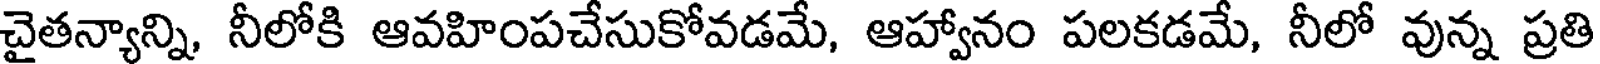
చైతన్యాన్ని, నీలోకి ఆవహింపచేసుకోవడమే, ఆహ్వానం పలకడమే, నీలో వున్న ప్రతి